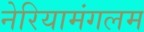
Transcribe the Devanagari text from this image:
नेरियामंगलम